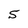
Character: S